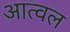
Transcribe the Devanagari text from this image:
आत्वल